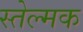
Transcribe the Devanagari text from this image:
स्तेल्मक